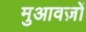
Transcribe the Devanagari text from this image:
मुआवज़ों